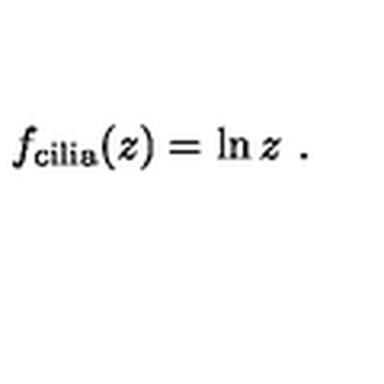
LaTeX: f _ { \mathrm { c i l i a } } ( z ) = \ln z \ .